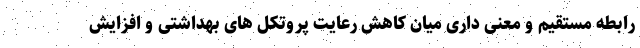
رابطه مستقیم و معنی داری میان کاهش رعایت پروتکل های بهداشتی و افزایش